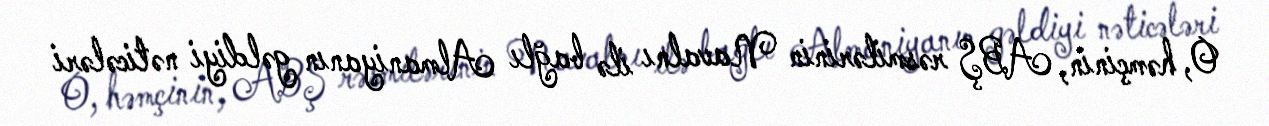
O, həmçinin, ABŞ rəsmilərinin Navalnı ilə bağlı Almaniyanın gəldiyi nəticələri